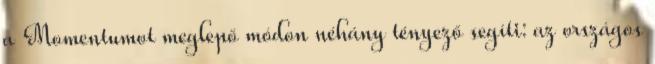
a Momentumot meglepő módon néhány tényező segíti: az országos